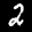
Label: 2